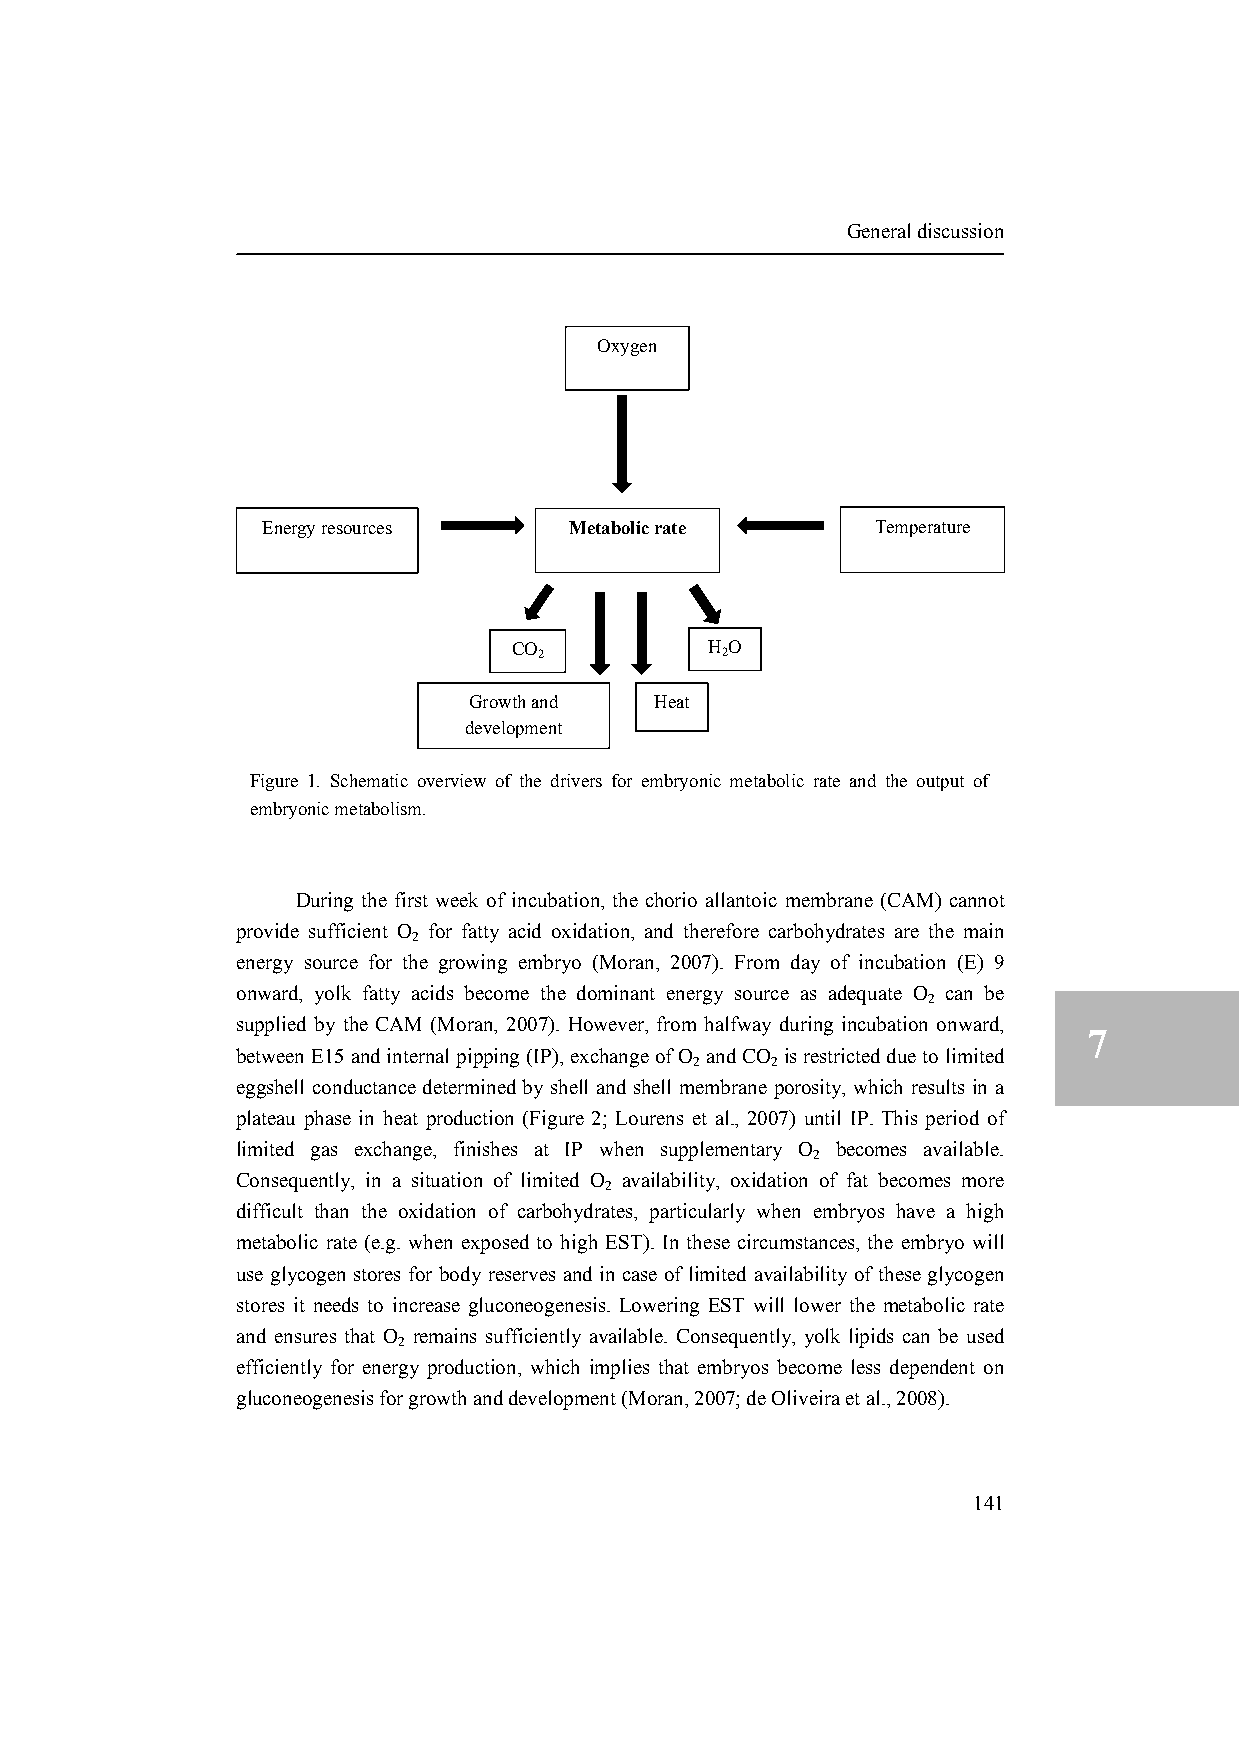
General discussion
 Oxygen
 Energy resources     Metabolic rate      Temperature
 CO
 2
 H 2O
 Growth and  Heat
 development
 Figure 1. Schematic overview of the drivers for embryonic metabolic rate and the output of
 embryonic metabolism.
 During the first week of incubation, the chorio allantoic membrane (CAM) cannot
 provide sufficient O for fatty acid oxidation, and therefore carbohydrates are the main
 2
 energy source for the growing embryo (Moran, 2007). From day of incubation (E) 9
 onward, yolk fatty acids become the dominant energy source as adequate O can be
 2
 supplied by the CAM (Moran, 2007). However, from halfway during incubation onward,
 7
 between E15 and internal pipping (IP), exchange of O and CO is restricted due to limited
 2    2
 eggshell conductance determined by shell and shell membrane porosity, which results in a
 plateau phase in heat production (Figure 2; Lourens et al., 2007) until IP. This period of
 limited gas exchange, finishes at IP when supplementary O becomes available.
 2
 Consequently, in a situation of limited O availability, oxidation of fat becomes more
 2
 difficult than the oxidation of carbohydrates, particularly when embryos have a high
 metabolic rate (e.g. when exposed to high EST). In these circumstances, the embryo will
 use glycogen stores for body reserves and in case of limited availability of these glycogen
 stores it needs to increase gluconeogenesis. Lowering EST will lower the metabolic rate
 and ensures that O remains sufficiently available. Consequently, yolk lipids can be used
 2
 efficiently for energy production, which implies that embryos become less dependent on
 gluconeogenesis for growth and development (Moran, 2007; de Oliveira et al., 2008).
 141